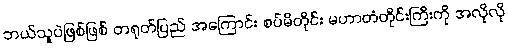
ဘယ်သူပဲဖြစ်ဖြစ် တရုတ်ပြည် အကြောင်း စပ်မိတိုင်း မဟာတံတိုင်းကြီးကို အလိုလို